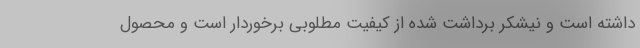
داشته است و نیشکر برداشت شده از کیفیت مطلوبی برخوردار است و محصول